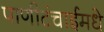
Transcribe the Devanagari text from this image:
पाणीटंचाईमधे